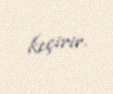
keçirir.